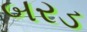
બરડ